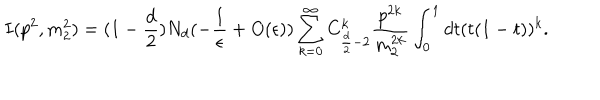
I ( p ^ { 2 } , m _ { 2 } ^ { 2 } ) = ( 1 - \frac { d } { 2 } ) N _ { d } ( - \frac { 1 } { \epsilon } + O ( \epsilon ) ) \sum _ { k = 0 } ^ { \infty } C _ { \frac { d } { 2 } - 2 } ^ { k } \frac { p ^ { 2 k } } { m _ { 2 } ^ { 2 k } } \int _ { 0 } ^ { 1 } d t ( t ( 1 - t ) ) ^ { k } .